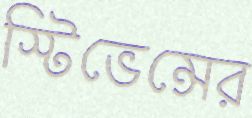
স্টিভেন্সের